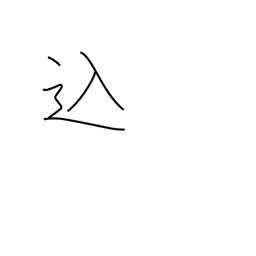
Meaning: included